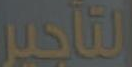
التأجير